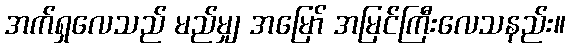
အက်ရှလေသည် မည်မျှ အမြော် အမြင်ကြီးလေသနည်း။